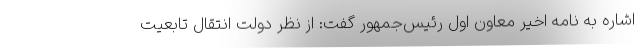
اشاره به نامه اخیر معاون اول رئیس‌جمهور گفت: از نظر دولت انتقال تابعیت